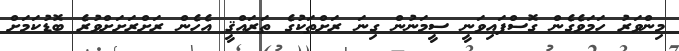
މިންވަރު ހަމަވެގެން ގޮސްފައިވަނީ ސީމަނުން ގިނަ ރަށްތަކުގެ ތަރައްޤީ އެހެން ރަށްރަށަށްވުރެ ބޮޑުކަމަށް